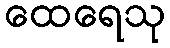
ထေရေသု